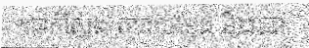
។ជាក់ស្តែង តារាសម្តែង និងជា